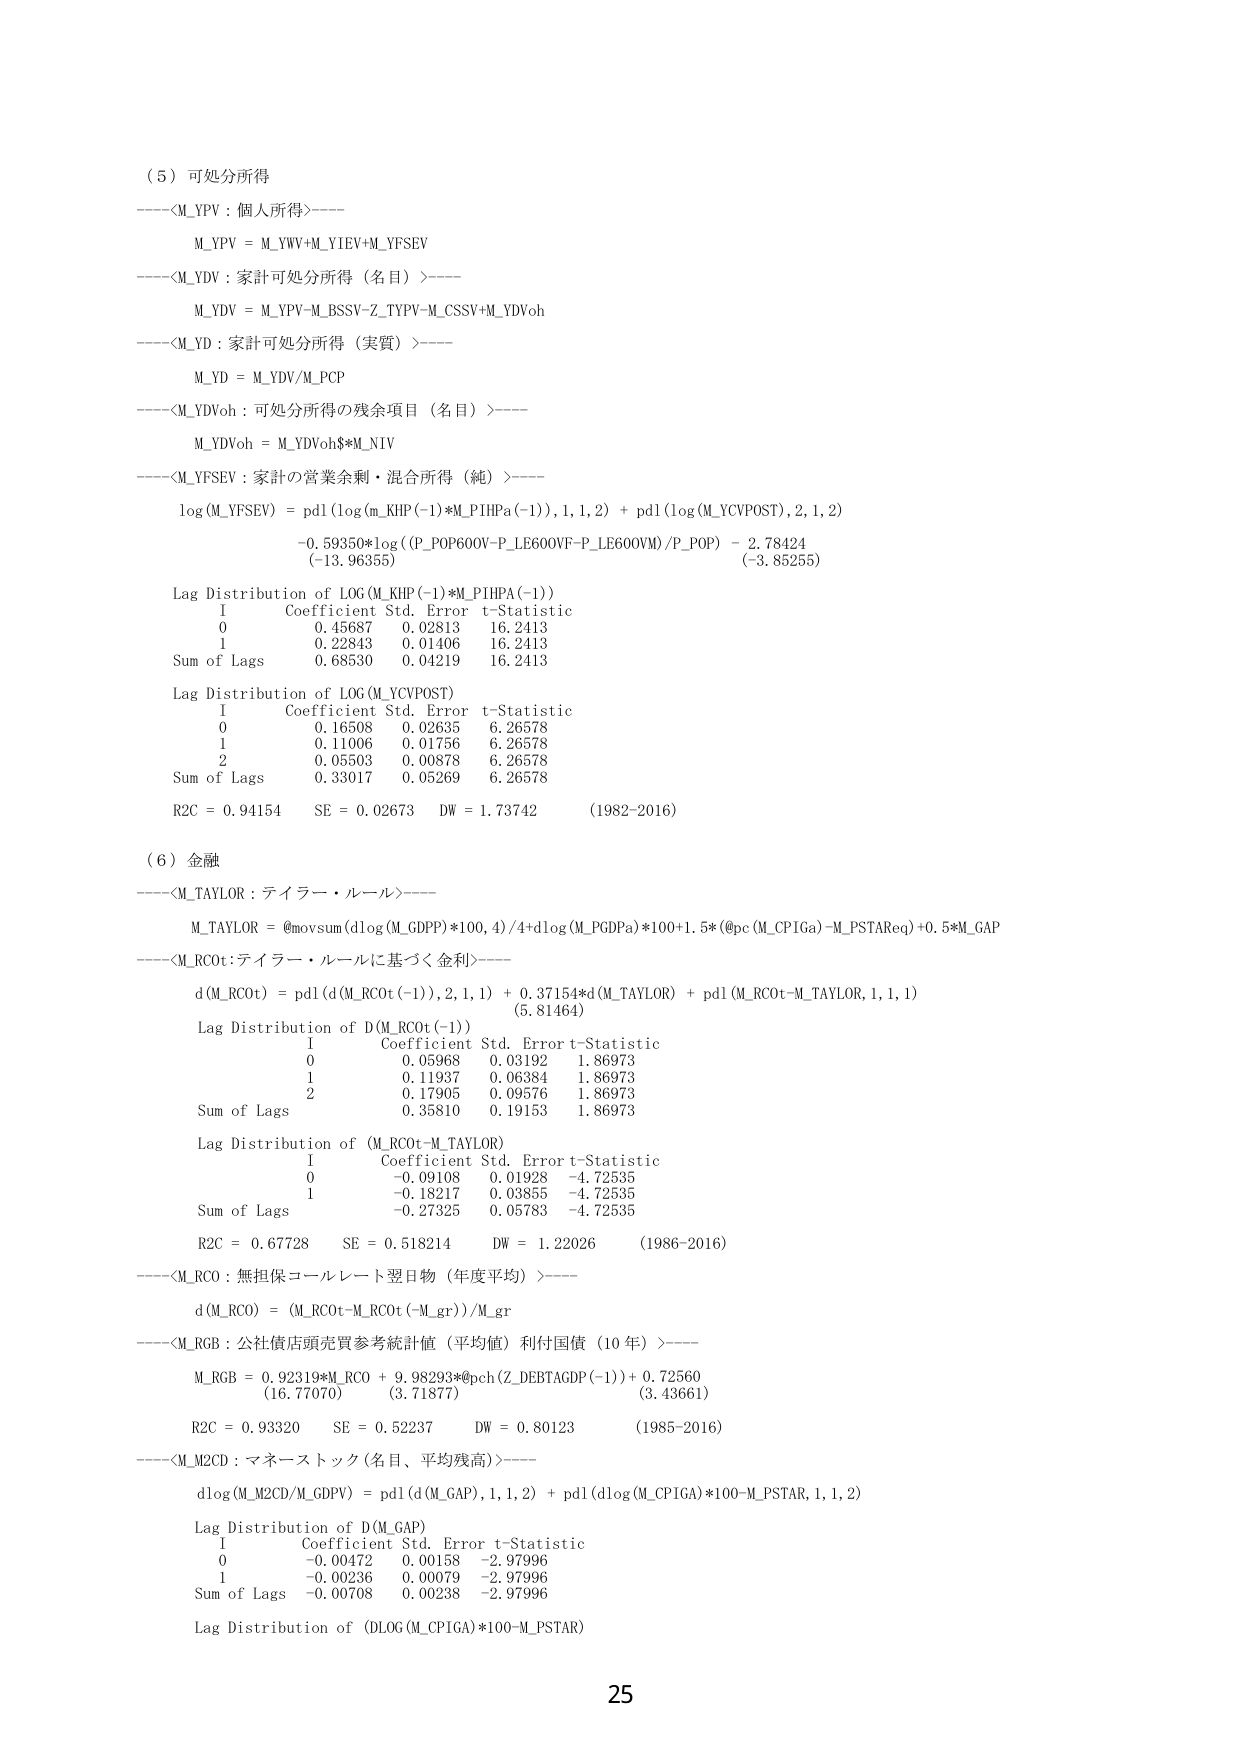
（５）可処分所得
----<M_YPV：個人所得>----
M_YPV = M_YW+M_YIEV+M_YFSEV
----<M_YDV：家計可処分所得（名目）>----
M_YDV = M_YPV-M_BSSV-Z_TYPV-M_CSSV+M_YDVoh
----<M_YD：家計可処分所得（実質）>----
M_YD = M_YDV/M_PCP
----<M_YDVoh：可処分所得の残余項目（名目）>----
M_YDVoh = M_YDVoh$*M_NIV
----<M_YFSEV：家計の営業余剰・混合所得（純）>----
log(M_YFSEV) = pd1(log(m_KHP(-1)*M_PIHPa(-1)),1,1,2) + pd1(log(M_YCVPOST),2,1,2)
-0.59350*log((P_POP600V-P_LE600VF-P_LE600VM)/P_POP) - 2.78424
(-13.96355)  (-3.85255)

Lag Distribution of LOG(M_KHP(-1)*M_PIHPA(-1))
I     Coefficient   Std. Error   t-Statistic
0     0.45687       0.02813      16.2413
1     0.22843       0.01406      16.2413
Sum of Lags     0.68530       0.04219      16.2413

Lag Distribution of LOG(M_YCVPOST)
I     Coefficient   Std. Error   t-Statistic
0     0.16508       0.02635      6.26578
1     0.11006       0.01756      6.26578
2     0.05503       0.00878      6.26578
Sum of Lags     0.33017       0.05269      6.26578

R2C = 0.94154     SE = 0.02673     DW = 1.73742     (1982-2016)

（６）金融
----<M_TAYLOR：テイラー・ルール>----
M_TAYLOR = @movsum(dlog(M_GDPP)*100,4)/4+dlog(M_PGDPa)*100+1.5*(@pc(M_CPIGa)-M_PSTAReq)+0.5*M_GAP
----<M_RCot：テイラー・ルールに基づく金利>----
d(M_RCot) = pd1(d(M_RCot(-1)),2,1,1) + 0.37154*d(M_TAYLOR) + pd1(M_RCot-M_TAYLOR,1,1,1)
(5.81464)

Lag Distribution of D(M_RCot(-1))
I     Coefficient   Std. Error   t-Statistic
0     0.05968       0.03192      1.86973
1     0.11937       0.06384      1.86973
2     0.17905       0.09576      1.86973
Sum of Lags     0.35810       0.19153      1.86973

Lag Distribution of (M_RCot-M_TAYLOR)
I     Coefficient   Std. Error   t-Statistic
0     -0.09108      0.01928      -4.72535
1     -0.18217      0.03855      -4.72535
Sum of Lags     -0.27325      0.05783      -4.72535

R2C = 0.67728     SE = 0.518214    DW = 1.22026    (1986-2016)

----<M_RCO：無担保コールレート翌日物（年度平均）>----
d(M_RCO) = (M_RCot-M_RCot(-M_gr))/M_gr

----<M_RGB：公社債店頭売買参考統計値（平均値）利付国債（10年）>----
M_RGB = 0.92319*M_RCO + 9.98293*@pch(Z_DEBTAGDP(-1)) + 0.72560
(16.77070)     (3.71877)     (3.43661)

R2C = 0.93320     SE = 0.52237     DW = 0.80123     (1985-2016)

----<M_M2CD：マネーストック（名目、平均残高）>----
dlog(M_M2CD/M_GDPV) = pd1(d(M_GAP),1,1,2) + pd1(dlog(M_CPIGA)*100-M_PSTAR,1,1,2)

Lag Distribution of D(M_GAP)
I     Coefficient   Std. Error   t-Statistic
0     -0.00472      0.00158      -2.97996
1     -0.00236      0.00079      -2.97996
Sum of Lags     -0.00708      0.00238      -2.97996

Lag Distribution of (DLOG(M_CPIGA)*100-M_PSTAR)

25